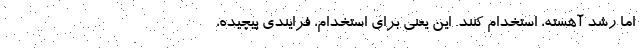
اما رشد آهسته، استخدام کنند. این یعنی برای استخدام، فرایندی پیچیده،